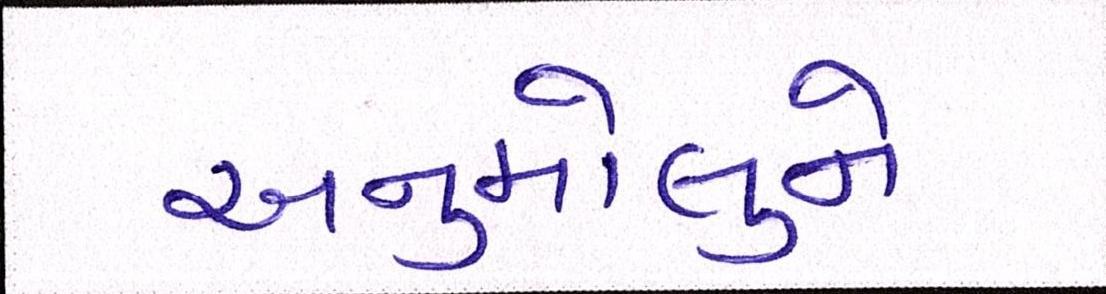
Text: અનુમોલુને